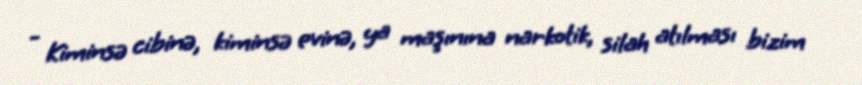
- Kiminsə cibinə, kiminsə evinə, ya maşınına narkotik, silah atılması bizim